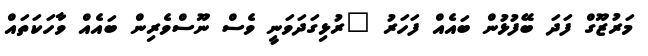
މަރުޒޫގް ފަދަ ބޭފުޅުން ބައެއް ފަހަރު "ރުޅިގަދަވަނީ ވެސް ނޫސްވެރިން ބައެއް ވާހަކަތައް